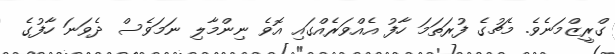
ގްރީޒްމަނެވެ. މެޗުގެ ފުރަތަމަ ހާފު އެއްވަރެއްގައި އޮވެ ނިންމާލި ނަމަވެސް ދެވަނަ ހާފުގެ